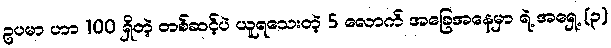
ဥပမာ ဟာ 100 ရှိတဲ့ တစ်ဆင့်ပဲ ယူရသေးတဲ့ 5 လောက် အခြေအနေမှာ ရဲ့ အရှေ့ (၃)